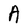
Character: A